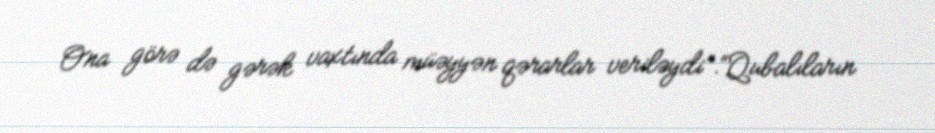
Ona görə də gərək vaxtında müəyyən qərarlar veriləydi”.“Qubalıların